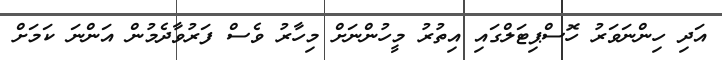
އަދި ހިންނަވަރު ހޮސްޕިޓަލްގައި އިތުރު މީހުންނަށް މިހާރު ވެސް ފަރުވާދެމުން އަންނަ ކަމަށް